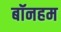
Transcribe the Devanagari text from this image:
बॉनहम